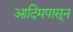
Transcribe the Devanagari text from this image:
आदिमपासून